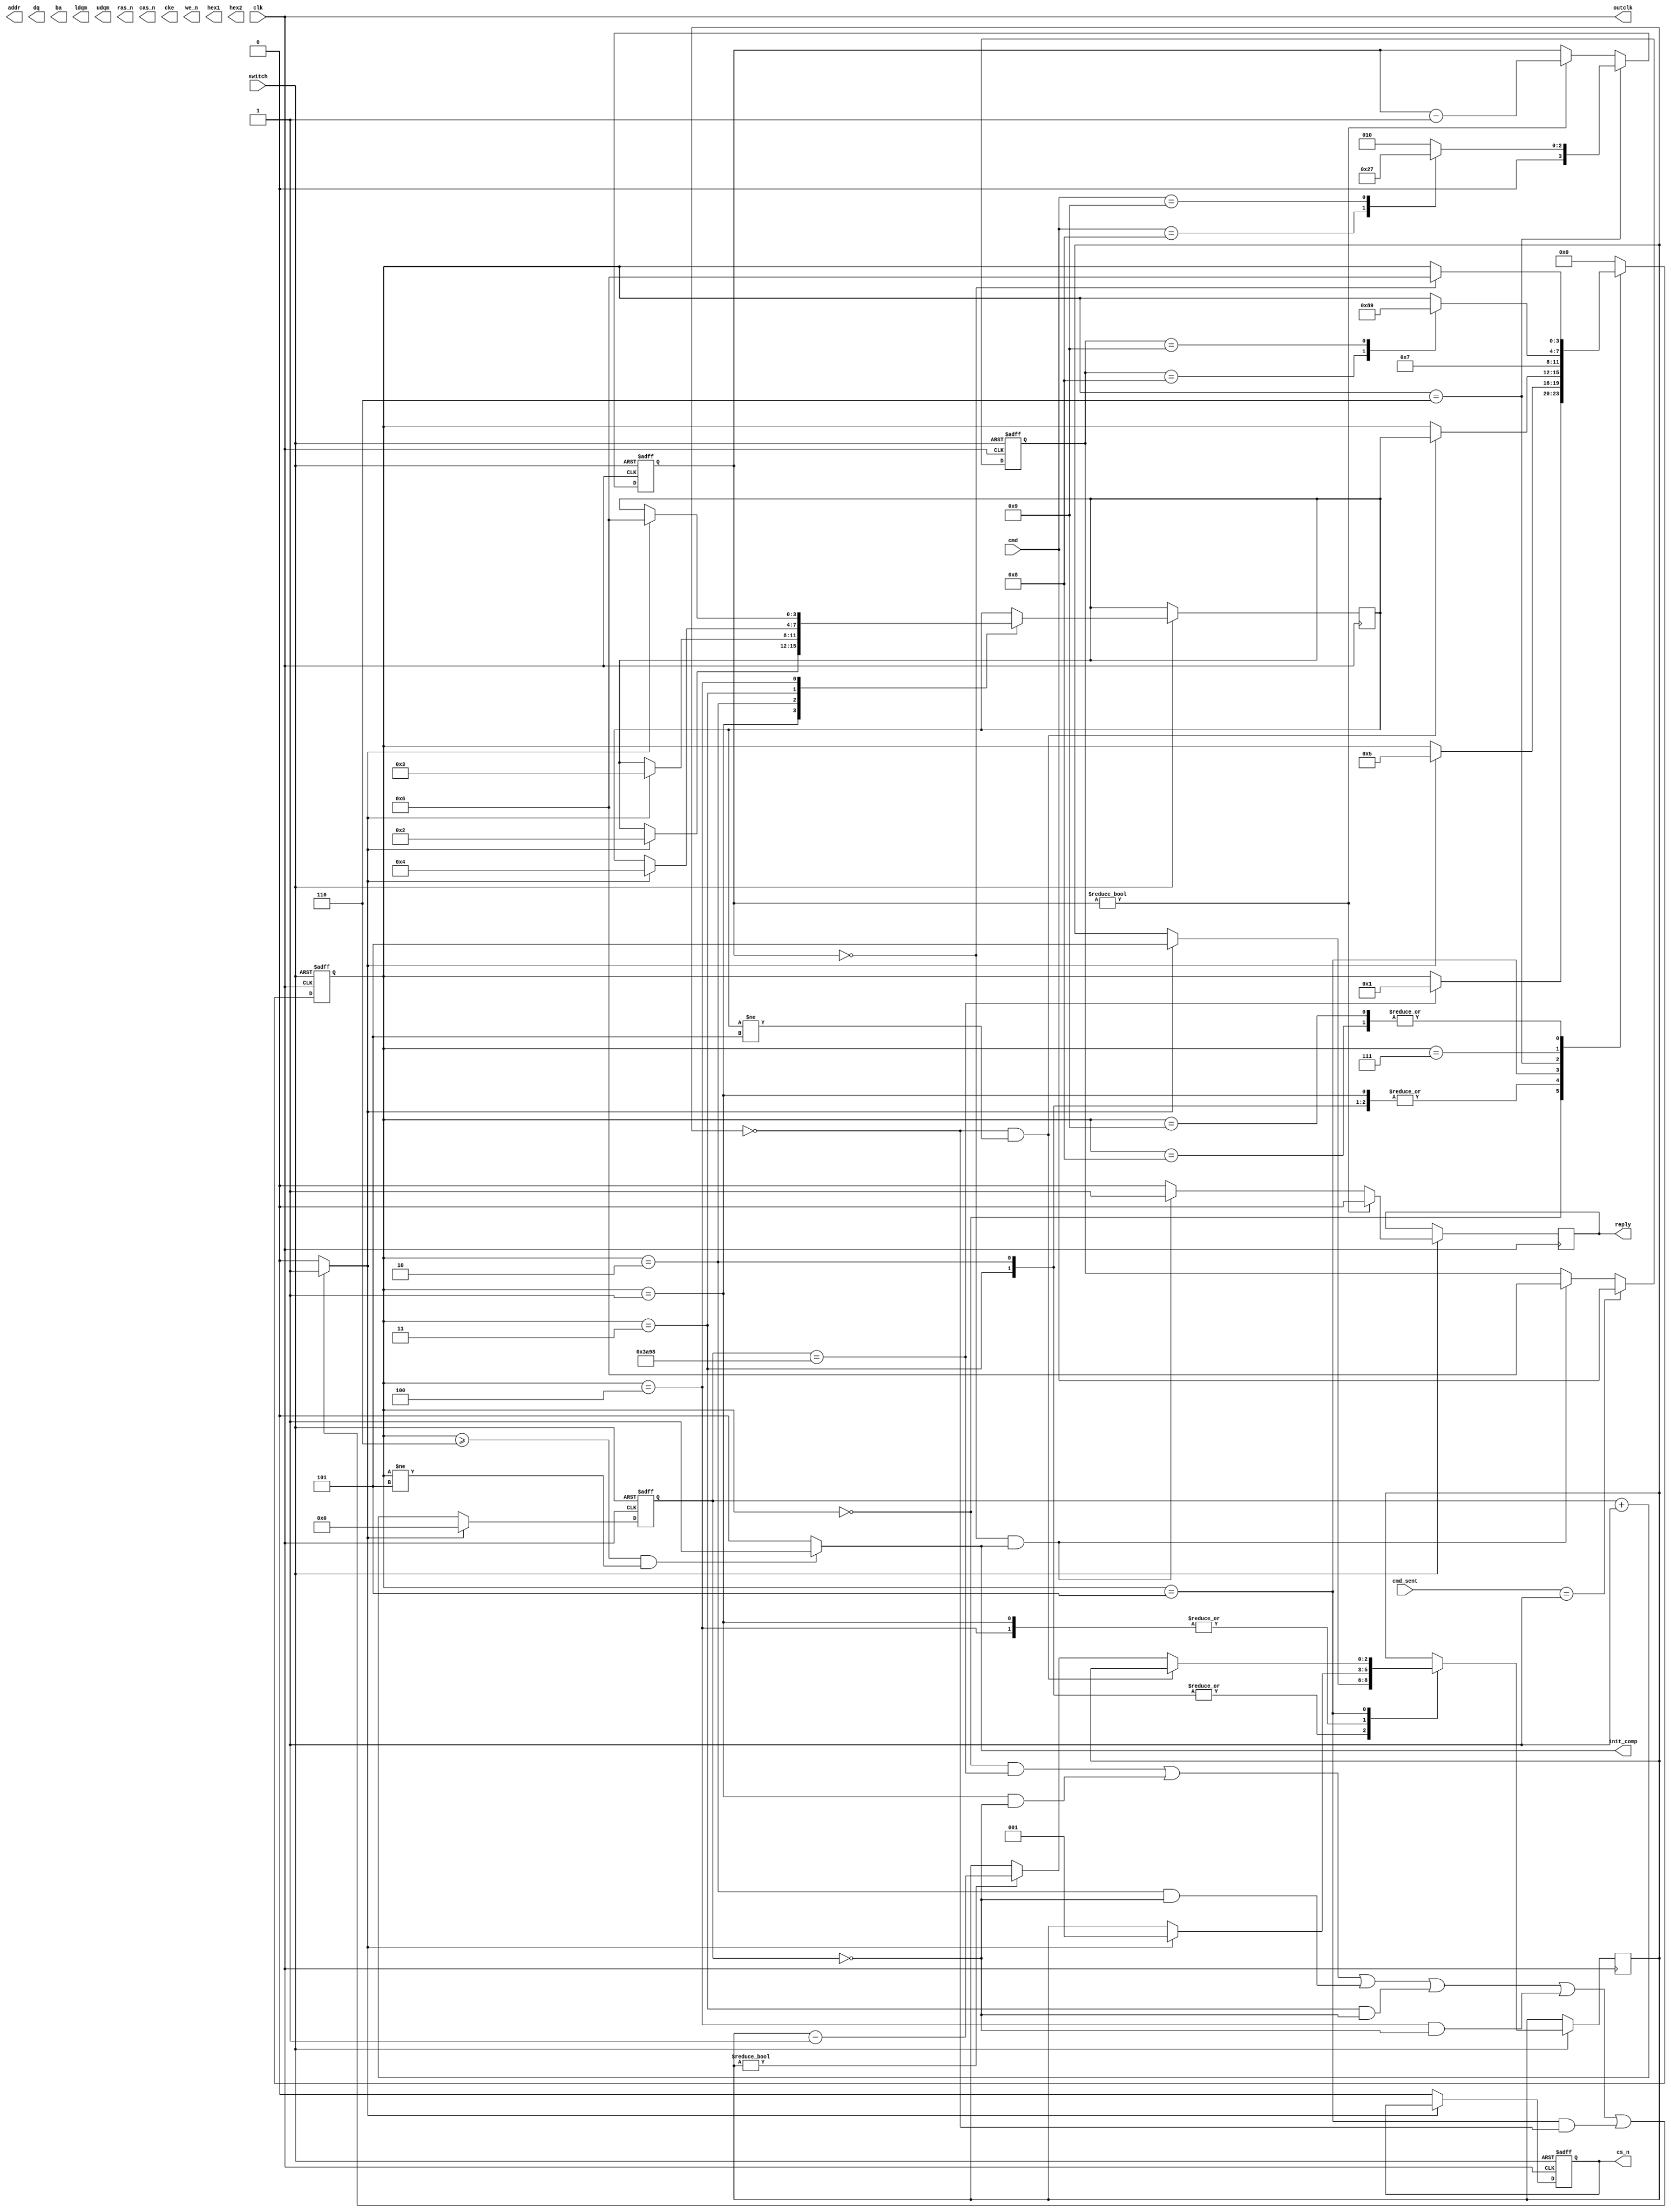
module ctrl (
             clk,    // clk in from PLL = 100 MHz  
             //rst,    // CAS signal delay is 2 clocks
             switch,
             addr,
             dq,
             ba,
             ldqm,
             udqm,
             ras_n,
             cas_n,
             cke,
             outclk,
             we_n,
             cs_n,
             hex1,
             hex2,
             init_comp,
             cmd,
             cmd_sent,
             reply
             );
   
   input wire clk;
   input wire switch;
   input wire [3:0] cmd;
   input wire [1:0] cmd_sent;
   
   output wire [12:0] addr; // const addr for the test
   output reg [15:0]  dq;     
   output wire [1:0] ba;  // const addr for the test
   output wire ldqm;
   
   output wire udqm;
   output reg  ras_n;
   output reg  cas_n;
   output wire cke;
   
   output wire outclk;
   output reg  we_n;
   output reg  cs_n;
   output wire [6:0] hex1;
   
   output wire [6:0] hex2;
   output reg        reply;
   output reg        init_comp;
   
   reg [3:0]         state ;
   reg [2:0]         count_r;
   reg [2:0]         count_w;
   reg [7:0]         out;
   reg [15:0]        count;
   reg [2:0]         nop_count;
   reg [3:0]         next_state;
   reg [3:0]         cmd_reg;
   reg [3:0]         cmd_delay;
   
   parameter INIT_NOP = 4'd0;
   parameter INIT_PRE = 4'd1;
   parameter INIT_AUTO_REF1 = 4'd2;
   parameter INIT_AUTO_REF2 = 4'd3;
   parameter LOAD_MODE_REG = 4'd4;
   parameter GEN_NOP = 4'd5;
   parameter AWAIT_ACTIVE = 4'd6;
   parameter ROW_ACTIVE = 4'd7;
   parameter READ = 4'd8;
   parameter WRITE = 4'd9;
   
   parameter INIT_DELAY = 15000;
   parameter PRE_DELAY = 2;
   parameter AUTO_REF_DELAY = 6;
   parameter LOAD_MODE_DELAY = 2;
   parameter CAS_DELAY = 2;
   
   assign outclk = clk;
   always @(*)
     begin
        if (state >= AWAIT_ACTIVE && state != GEN_NOP)
          begin
             init_comp <= 'b1;
          end
        else
          begin
             init_comp <= 'b0;
          end
     end
   always @(posedge clk or negedge switch)
     begin
        if (switch == 'b0)
          begin
             cmd_reg <= 'b0;
          end
        else
          begin
             if (cmd_sent == 2'b01)
               cmd_reg <= cmd;
             else
               if (cmd_delay == 'b0 && init_comp == 'b1)
                 cmd_reg <= AWAIT_ACTIVE;
          end
     end
   // bin27seg dev1 (
   //                .in(),
   //                .out(hex1)  // 7-seg out
   //                );
   // bin27seg dev2 (
   //                .in(),
   //                .out(hex2)
   //                );

   reg                state_trans;

   always @(*)
     begin
        if ((state == INIT_NOP && count == INIT_DELAY) || 
            (state == INIT_PRE && count == 0) ||
            (state == INIT_AUTO_REF1 && count == 0) ||
            (state == INIT_AUTO_REF2 && count == 0) ||
            (state == LOAD_MODE_REG && count == 0) ||
            (state == GEN_NOP && nop_count == 'b0))
          begin
             state_trans <= 'b1;
          end
        else
          begin
             state_trans <= 'b0;
          end // else: !if((state == INIT_NOP && count == INIT_DELAY) ||...
     end // always @ (*)
   
   always @(posedge clk or negedge switch)
     begin
        if (switch == 'b0)
          begin 
             out <= 'b0;
             count <= 'b0;
             cs_n <= 'b1;
          end
        else
          begin
             if (state_trans == 'b0)
               begin
                  count <= count + 'b1;
                  cs_n <= 'b0;
               end
             else
               begin
                  count <= 'b0;
               end
          end
     end



   
   always @(posedge clk or negedge switch)        // state machine for 1 write and 1 read from same location
     begin
        if (switch == 'b0)
          begin
             state <= INIT_NOP;
             cmd_delay <= 'b0;
          end
        else
          begin
             if (cmd_delay != 'b0)
               begin
                  cmd_delay <= cmd_delay - 'b1;
                  reply <= 'b0;
               end
             else
               if (cmd_delay == 'b0 && init_comp == 'b1)
                 begin
                    reply <= 'b1;
                 end
               else
                 begin
                    reply <= 'b0;
                 end
             case (state)
               INIT_NOP:                     // NOP->LLHH->ROW_ACTIVE         
                 begin
                    if (count == INIT_DELAY)
                      begin
                         state <= INIT_PRE;
                      end
                 end
               INIT_PRE:
                 begin
                    if (state_trans)
                      begin
                         next_state <= INIT_AUTO_REF1;
                         state <= GEN_NOP;
                         nop_count <= PRE_DELAY - 1;   
                      end
                 end
               INIT_AUTO_REF1:
                 begin

                    if (state_trans)
                      begin
                         //state <= INIT_AUTO_REF2;
                         next_state <= INIT_AUTO_REF2;
                         state <= GEN_NOP;
                         nop_count <= AUTO_REF_DELAY - 1;
                      end
                 end

               INIT_AUTO_REF2:
                 begin

                    if (state_trans)
                      begin
                         next_state <= LOAD_MODE_REG;
                         state <= GEN_NOP;
                         nop_count <= AUTO_REF_DELAY - 1;
                      end
                 end

               LOAD_MODE_REG:
                 begin
                    if (state_trans)
                      begin
                         state <= GEN_NOP;
                         next_state <= AWAIT_ACTIVE;
                         nop_count <= LOAD_MODE_DELAY - 1;
                      end
                 end

               GEN_NOP:
                 begin
                    if (nop_count == 'b0 && next_state != GEN_NOP)
                      begin
                         state <= next_state;
                      end
                    else if (nop_count != 'b0)
                      begin
                         nop_count <= nop_count - 'b1;
                      end
                 end
               AWAIT_ACTIVE:
                 begin
                    state <= ROW_ACTIVE;
                    case (cmd)
                      READ:
                        begin
                           cmd_delay <= 4'd4;
                        end
                      WRITE:
                        begin
                           cmd_delay <= 4'd7;
                        end
                      default:
                        begin
                           cmd_delay <= 4'd2;
                        end
                    endcase // case (cmd)
                 end
             
             
               ROW_ACTIVE:              // ROW_ACTIVE->LHLH->READ
                 begin
                    case (cmd_reg)
                      READ:
                        begin
                           state <= READ;
                        end
                      WRITE:
                        begin
                           state <= WRITE;
                        end
                    endcase
                 end

               READ:                    // READ->LHHL->ROW_ACTIVE
                 begin
                    if (cmd_delay == 'b0)
                      begin
                         state <= AWAIT_ACTIVE;
                      end
                 end

               WRITE:                   // WRITE->LHHL->ROW_ACTIVE
                 begin
                    if (cmd_delay == 'b0)
                      begin
                         state <= AWAIT_ACTIVE;
                      end
                 end
               default: state <= INIT_NOP;
             endcase
          end
     end
   //Debug Wires
   wire ini_stage_end;
   assign ini_stage_end = (state == GEN_NOP);
   
endmodule